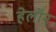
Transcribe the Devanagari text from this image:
हेलॉन